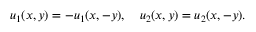
\begin{array} { r } { u _ { 1 } ( x , y ) = - u _ { 1 } ( x , - y ) , \quad u _ { 2 } ( x , y ) = u _ { 2 } ( x , - y ) . } \end{array}